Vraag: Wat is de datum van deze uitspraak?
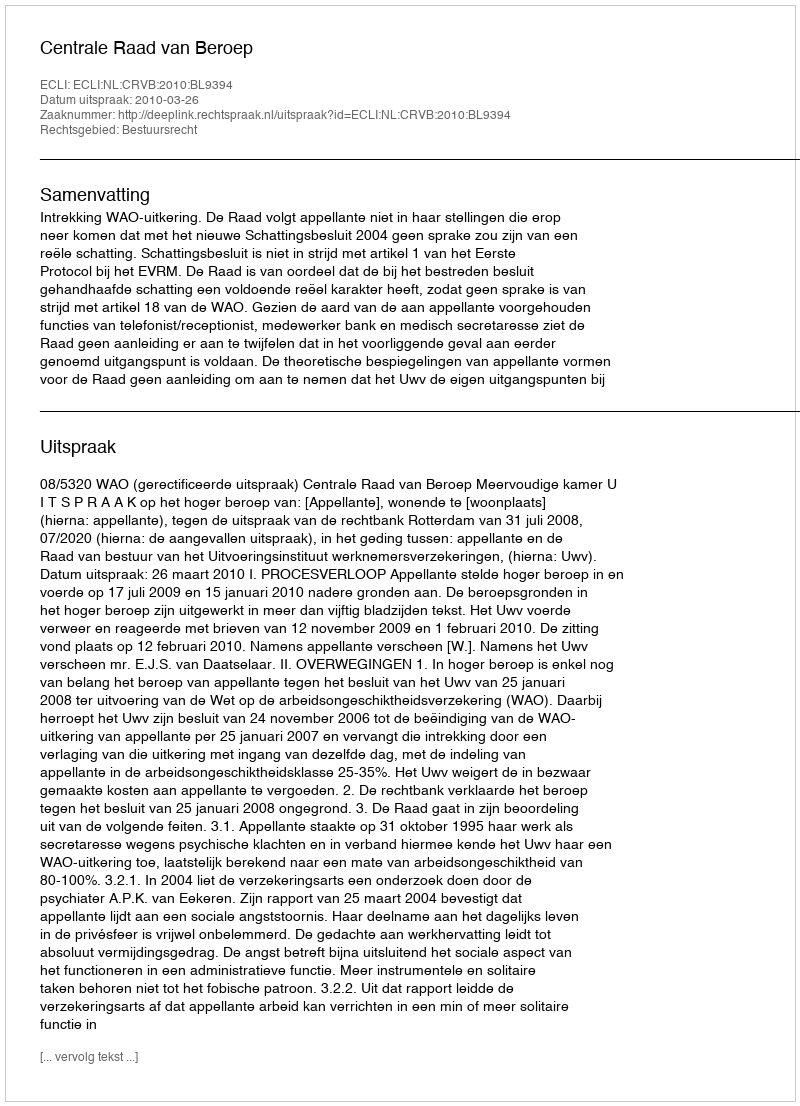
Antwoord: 2010-03-26